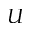
U